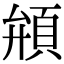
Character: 䪻